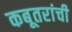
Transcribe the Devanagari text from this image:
कबूतरांची